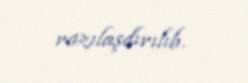
razılaşdırılıb.